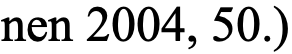
nen 2004, 50.)